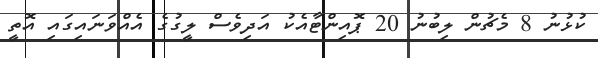
ކުޅުނު 8 މެޗުން ލިބުނު 20 ޕޮއިންޓާއެކު އަދިވެސް ލީގުގެ އެއްވަނައިގައި އޮތީ